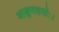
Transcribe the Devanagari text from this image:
वाङ्मनसयोः।